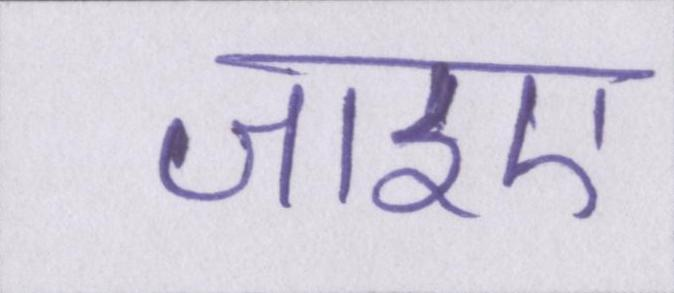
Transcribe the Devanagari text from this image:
जाइए